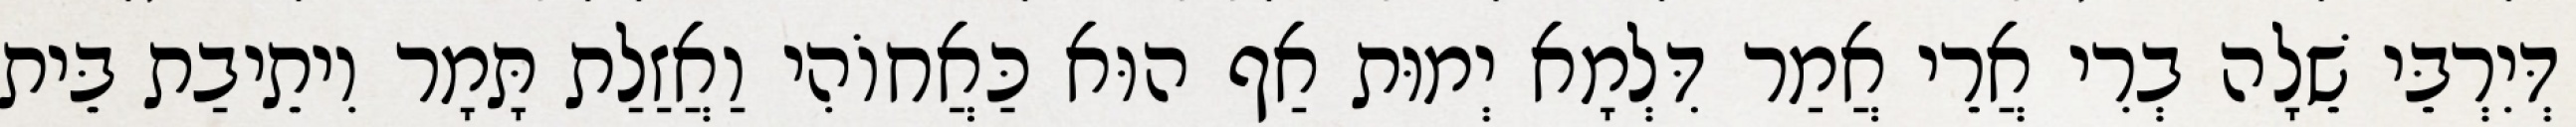
דְּיִרְבֵּי שֵׁלָה בְרִי אֲרֵי אֲמַר דִּלְמָא יְמוּת אַף הוּא כַּאֲחוֹהִי וַאֲזַלַת תָּמָר וִיתֵיבַת בֵּית